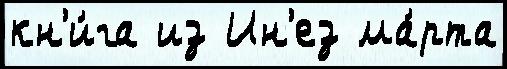
кн'и́га из Ин'ез ма́рта